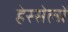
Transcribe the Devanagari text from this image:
हेस्सेल्ग्रें